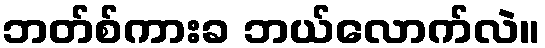
ဘတ်စ်ကားခ ဘယ်လောက်လဲ။